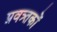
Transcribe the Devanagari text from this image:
प्रवत्र्तकों